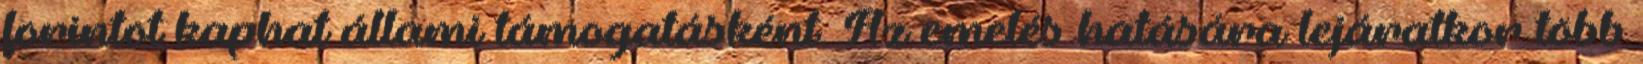
forintot kaphat állami támogatásként. Az emelés hatására lejáratkor több